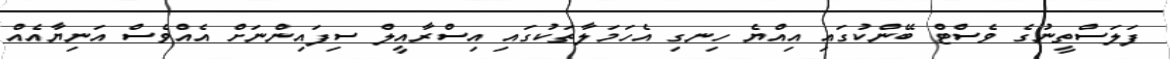
ފަލަސްތީނުގެ ވެސްޓް ބޭންކުގައި އިއްޔެ ހިނގި އެހަމަލާތަކުގައި އިސްރާއީލް ސިފައިންނަށް އެއްވެސް އަނިޔާއެއް